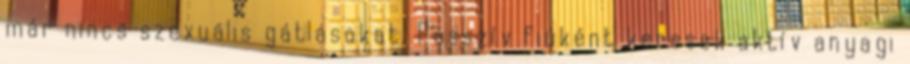
már nincs szexuális gátlásokat. Passzív fiúként keresek aktív anyagi